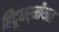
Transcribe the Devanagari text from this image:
हिंदूधर्मीयात